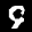
Label: 9